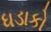
ધડાકો